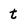
Character: t